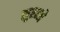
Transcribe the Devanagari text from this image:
लुश्न्जे